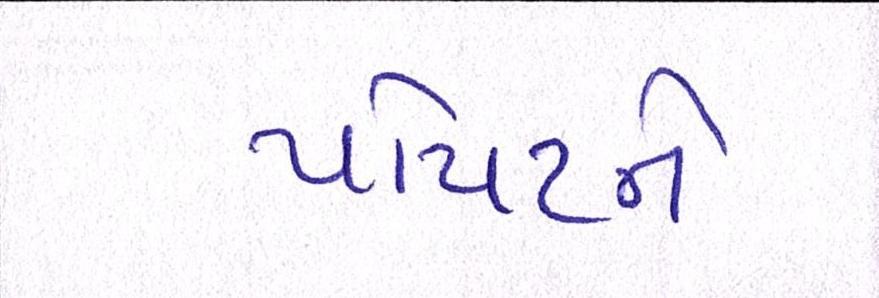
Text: પોપટને